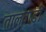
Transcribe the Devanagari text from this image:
तालवाडी